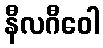
နီလဂီဝေါ